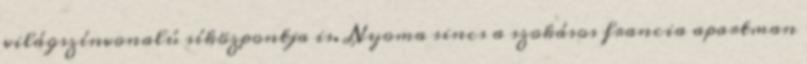
világszínvonalú síközpontja is. Nyoma sincs a szokásos francia apartman